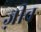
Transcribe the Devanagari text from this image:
ज़ीव